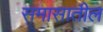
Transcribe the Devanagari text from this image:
समासातील